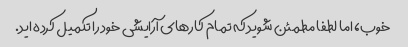
خوب، اما لطفا مطمئن شوید که تمام کارهای آرایشی خود را تکمیل کرده اید.